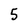
Character: 5